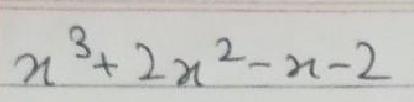
$n^{3}+2n^{2}-n - 2$